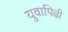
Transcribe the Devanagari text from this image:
युवापिढी